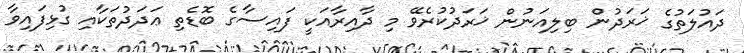
ދައުލަތުގެ ޚަރަދުން ބިލިއަނުން ޚަރަދުކުރެވޭ މި ދާއިރާއަކީ ފައިސާގެ ބޮޑެތި ޢަދަދުތަކާއި ގުޅިފައިވާ